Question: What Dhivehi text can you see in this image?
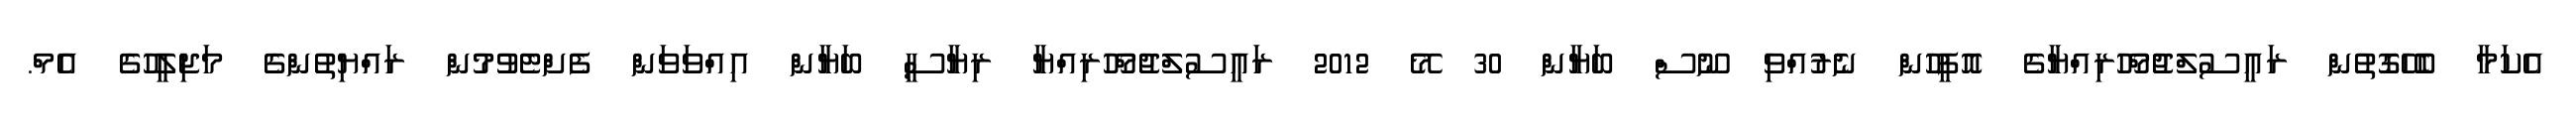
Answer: އެކަމާ ބެހޭގޮތުން ރައީސުލްޖުމްހޫރިއްޔާގެ އޮފީހުން ނެރުއްވި ނޫސް ބަޔާން 30 މޭ 2012 ރައީސުލްޖުމްހޫރިއްޔާ ރިޔާސީ ބަޔާން އިއްވަވަން ފެށްޓެވުމުން ރައްޔިތުންގެ މަޖިލީހުގެ އެމް.